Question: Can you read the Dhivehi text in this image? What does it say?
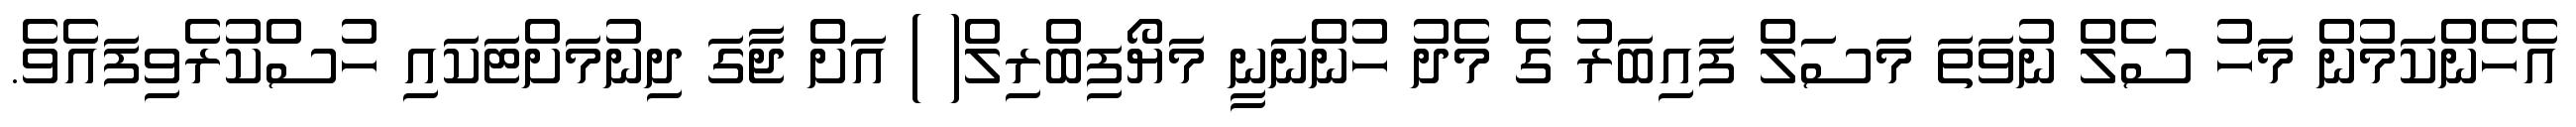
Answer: އެހެންކަމުން މަހު ސެލް ނުވަތަ މަސަލް ފައިބަރު ގެ މެދު ހުންނަނީ މަޔޯފިބްރިލް( ) އަށް ޖާގަ ދިނުމަށްޓަކައި ހުސްކުރެވިފައެވެ.